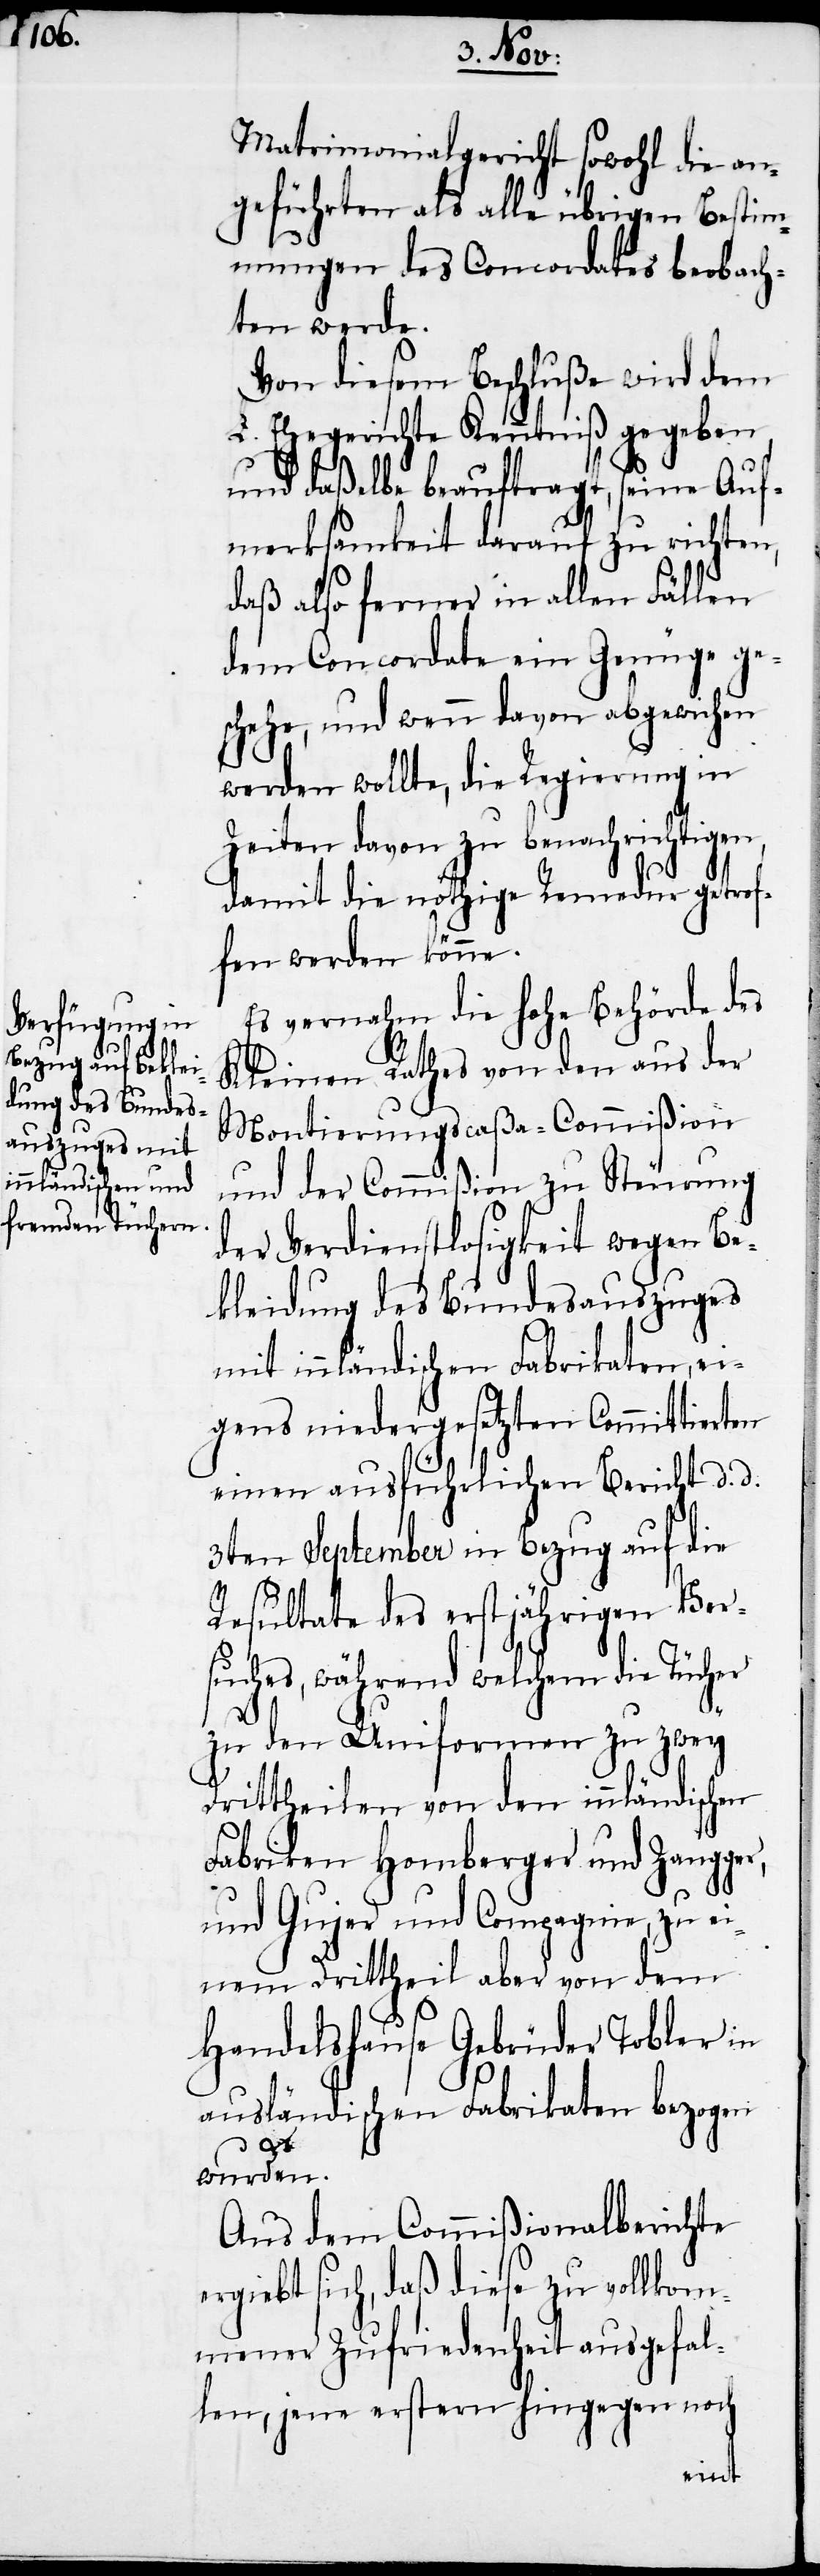
Matrimonialgericht sowohl die an¬
geführten als alle übrigen Bestim¬
mungen des Concordates beobach¬
ten werde.
Von diesem Beschluße wird dem
L. Ehegerichte Kenntniß gegeben,
und daßelbe beauftragt, seine Auf¬
merksamkeit darauf zu richten,
daß also ferner in allen Fällen
dem Concordate ein Genüge ge¬
schehe, und wenn davon abgewichen
werden wollte, die Regierung in
Zeiten davon zu benachrichtigen,
damit die nöthige Remedur getrof¬
fen werden könne.
Es vernahm die hohe Behörde des
Kleinen Rathes von den aus der
Montierungscaßa-Commißion
und der Commißion zu Steurung
der Verdienstlosigkeit wegen Be¬
kleidung des Bundesauszuges
mit innländischen Fabrikaten, ei¬
gens niedergesetzten Committierten
einen ausführlichen Bericht d. d.
3ten September in Bezug auf die
Resultate des erstjährigen Ver¬
suches, während welchem die Tücher
zu den Uniformen zu zwey
Drittheilen von den innländischen
Fabriken Homberger und Zangger,
und Gujer und Compagnie, zu ei¬
nem Drittheil aber von dem
Handelshause Gebrüder Tobler in
ausländischen Fabrikaten bezogen
wurden.
Aus dem Commißionalberichte
ergiebt sich, daß diese zu vollkom¬
mener Zufriedenheit ausgefal¬
len, jene erstern hingegen noch